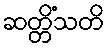
ဆတ္တိံသတိ